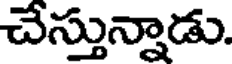
చేస్తున్నాడు.